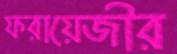
ফরায়েজীর